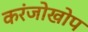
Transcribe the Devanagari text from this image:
करंजोखोप